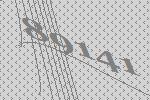
89141